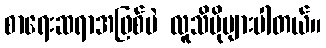
စာရေးဆရာအဖြစ်ပဲ လူသိပိုများပါတယ်။